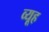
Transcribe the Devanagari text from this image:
व्‍यूह